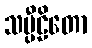
သမ္ပီဠိတော